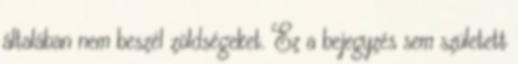
általában nem beszél zöldségeket. Ez a bejegyzés sem született